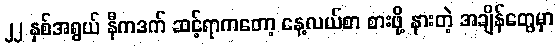
၂၂ နှစ်အရွယ် နီကဒက် ဆင့်ရာကတော့ နေ့လယ်စာ စားဖို့ နားတဲ့ အချိန်တွေမှာ